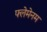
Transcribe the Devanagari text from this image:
फ्लेमेनम